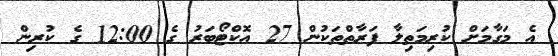
އެ މަގާމަށް ކުރިމަތިލާ ފަރާތްތަކުން 27 އޮކްޓޯބަރު ގެ 12:00 ގެ ކުރިން